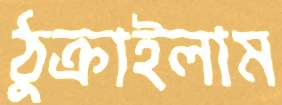
ঠুক্‌রাইলাম